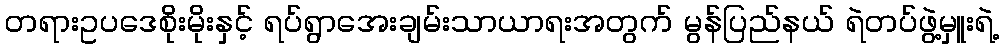
တရားဥပဒေစိုးမိုးနှင့် ရပ်ရွာအေးချမ်းသာယာရးအတွက် မွန်ပြည်နယ် ရဲတပ်ဖွဲ့မှူးရဲ့